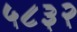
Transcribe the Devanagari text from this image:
५८३२